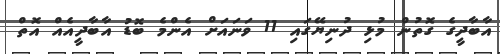
އާބާދީގެ ގޮތުން މުޅި ދުނިޔޭގައި 11 ވަނައަށް އެންމެ ބޮޑު އާބާދީއެއް އޮތް